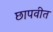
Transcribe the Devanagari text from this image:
छापवीत